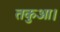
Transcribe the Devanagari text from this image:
तकुआ।